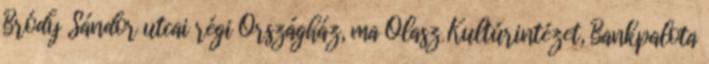
Bródy Sándor utcai régi Országház, ma Olasz Kultúrintézet, Bankpalota